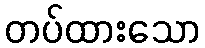
တပ်ထားသော